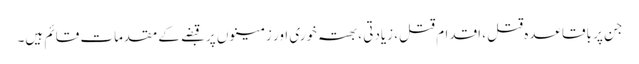
جن پر باقاعدہ قتل ، اقدام قتل، زیادتی ،بھتہ خوری اور زمینوں پر قبضے کے مقدمات قائم ہیں۔